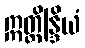
ဣတ္ထိန္ဒြိယံ